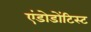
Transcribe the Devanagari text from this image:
एंडोडोंटिस्ट